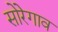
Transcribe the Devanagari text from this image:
सोरेगाव